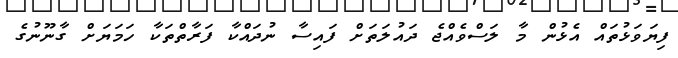
ފިޔަވަޅުތައް އެޅުން މާ ލަސްވެއްޖެ ދައުލަތަށް ފައިސާ ނުދައްކާ ފަރާތްތަކާ ހަމަޔަށް ގާނޫނުގެ